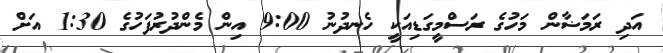
އަދި ރަމަޟާން މަހުގެ ރަސްމީގަޑިއަކީ ހެނދުނު 9:00 އިން މެންދުރުފަހުގެ 1:30 އަށް